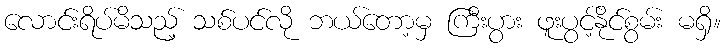
လောင်းရိပ်မိသည့် သစ်ပင်လို ဘယ်တော့မှ ကြီးပွား ဖူးပွင့်နိုင်စွမ်း မရှိ။